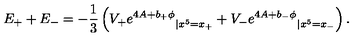
E _ { + } + E _ { - } = - \frac { 1 } { 3 } \left( { V _ { + } e ^ { 4 A + b _ { + } \phi } } _ { | x ^ { 5 } = x _ { + } } + { V _ { - } e ^ { 4 A + b _ { - } \phi } } _ { | x ^ { 5 } = x _ { - } } \right) .